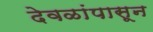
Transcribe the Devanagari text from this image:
देवळांपासून